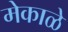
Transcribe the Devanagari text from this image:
मेकाळे